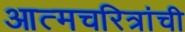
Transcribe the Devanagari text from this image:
आत्मचरित्रांची